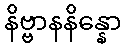
နိဗ္ဗာနနိန္နော